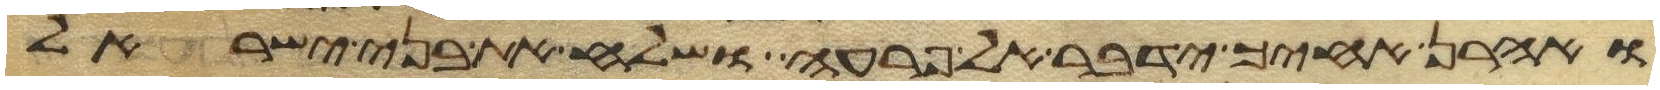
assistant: ואהרן אחיך ידבר אל פרעה ושלח את בני ישראל